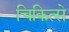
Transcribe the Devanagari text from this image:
चिकित्से